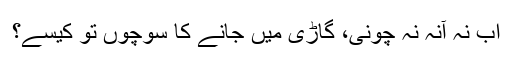
اب نہ آنہ نہ چونی، گاڑی میں جانے کا سوچوں تو کیسے؟